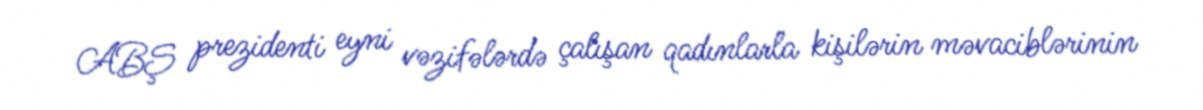
ABŞ prezidenti eyni vəzifələrdə çalışan qadınlarla kişilərin məvaciblərinin